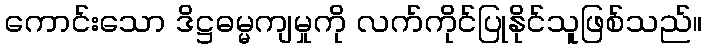
ကောင်းသော ဒိဋ္ဌဓမ္မကျမှုကို လက်ကိုင်ပြုနိုင်သူဖြစ်သည်။